Lunatic asylums Central Provinces reports 1886-1894 - 1886-1894
Year: 1886
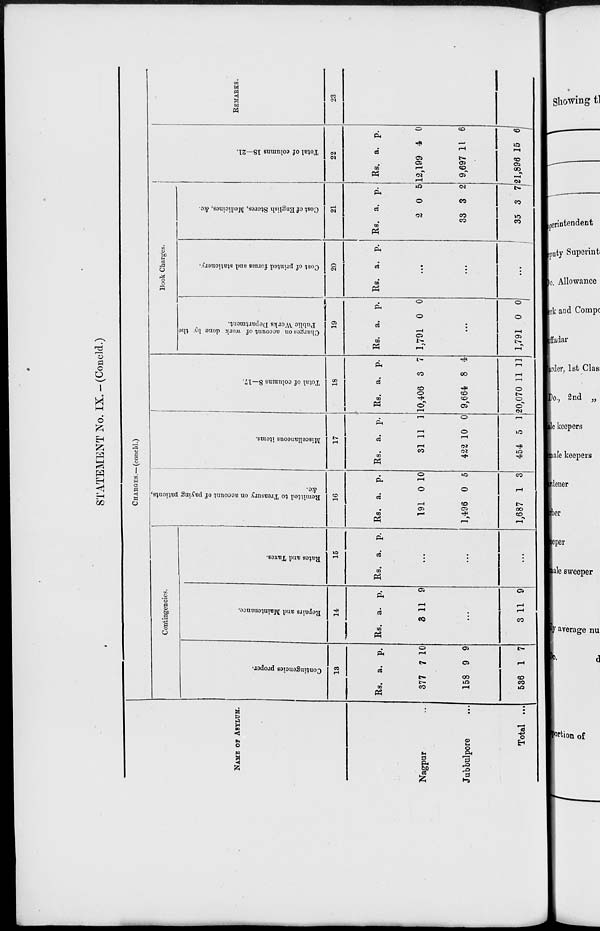
STATEMENT No. IX.—(Concld.)
NAME OF ASYLUM.
Nagpur ...
Jubbulpore ...
Total ...
CHARGES.— (concld.)
Contingencies.
Contingencies proper.
13
Rs.
377
158
536
a.
7
9
1
p.
10
9
7
Repairs and Maintenance.
14
Rs.
3
a.
11
p.
9
...
3 11 9
Rates and Taxes.
15
Rs. a. p.
...
...
...
Remitted to Treasury on account of paying patients,
&c.
16
Rs.
191
1,496
1,687
a.
0
0
1
p.
10
5
3
Miscellaneous items.
17
Rs.
31
422
454
a.
11
10
5
p.
1
0
1
Total of columns 8—17.
18
Rs.
10,406
9,664
20,070
a.
3
8
11
p.
7
4
11
Book Charges.
Charges on account of work done by the
Public Works Department.
19
Rs.
1,791
a.
0
p.
0
...
1,791 0 0
Cost of printed forms and stationery.
20
Rs. a. p.
...
...
...
Cost of English Stores, Medicines, &c.
21
Rs.
2
33
35
a.
0
3
3
p.
5
2
7
Total of columns 18—21.
22
Rs.
12,199
9,697
21,896
a.
4
11
15
p.
0
6
6
REMARKS.
23